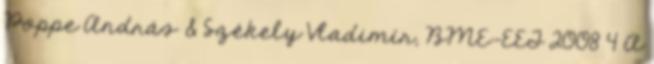
Poppe András & Székely Vladimír, BME-EET 2008 4 A